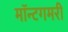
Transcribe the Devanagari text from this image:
मॉन्टगमरी